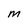
Character: M